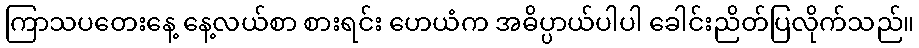
ကြာသပတေးနေ့ နေ့လယ်စာ စားရင်း ဟေယံက အဓိပ္ပာယ်ပါပါ ခေါင်းညိတ်ပြလိုက်သည်။